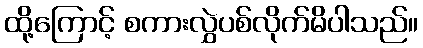
ထို့ကြောင့် စကားလွှဲပစ်လိုက်မိပါသည်။